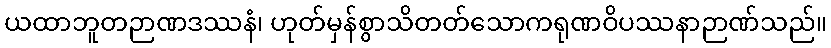
ယထာဘူတဉာဏဒဿနံ၊ ဟုတ်မှန်စွာသိတတ်သောကရုဏဝိပဿနာဉာဏ်သည်။